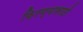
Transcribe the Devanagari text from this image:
फ़िरण्यासाठी